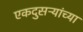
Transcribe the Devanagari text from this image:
एकदुसऱ्यांच्या